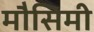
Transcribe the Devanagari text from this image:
मौसिमी